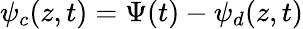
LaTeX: \psi_{c}(z,t)=\Psi(t)-\psi_{d}(z,t)